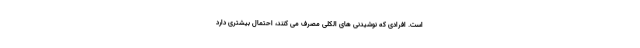
است. افرادی که نوشیدنی های الکلی مصرف می کنند، احتمال بیشتری دارد